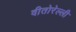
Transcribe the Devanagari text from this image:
वीतोरेल्ली